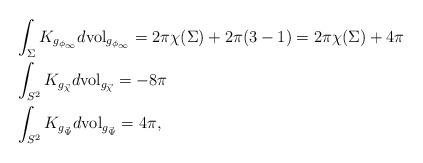
LaTeX: \begin{align*} &\int_{\Sigma}K_{g_{\phi_{\infty}}}d\mathrm{vol}_{g_{\phi_{\infty}}}=2\pi\chi(\Sigma)+2\pi(3-1)=2\pi\chi(\Sigma)+4\pi\\ &\int_{S^2}K_{g_{\vec{\chi}}}d\mathrm{vol}_{g_{\vec{\chi}}}=-8\pi\\ &\int_{S^2}K_{g_{\vec{\Psi}}}d\mathrm{vol}_{g_{\vec{\Psi}}}=4\pi, \end{align*}